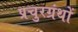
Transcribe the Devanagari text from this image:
प्रचुरग्रंथों